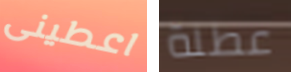
اعطينى عطلة